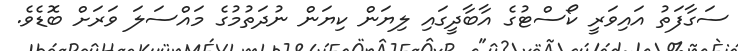
ސަގާފަތު އައިވަރީ ކޯސްޓުގެ އާބާދީގައި ލިޔަން ކިޔަން ނުދަތުމުގެ މައްސަލަ ވަރަށް ބޮޑެވެ.